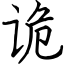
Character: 诡